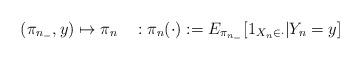
LaTeX: \begin{align*} (\pi_{n_-},y) \mapsto \pi_{n} \quad: \pi_{n}(\cdot):=E_{\pi_{n_-}} [ 1_{X_n \in \cdot } | Y_n=y]\end{align*}